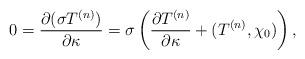
LaTeX: \begin{align*}0={\partial (\sigma T^{(n)})\over \partial \kappa}=\sigma\left({\partial T^{(n)}\over \partial \kappa}+(T^{(n)},\chi_0)\right),\end{align*}